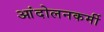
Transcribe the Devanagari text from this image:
आंदोलनकर्मी